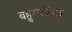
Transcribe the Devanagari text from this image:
बहुरुपकेंद्रक